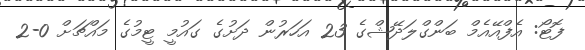
ފޮޓޯ: އެފްއޭއެމް ބަންގްލަދޭޝްގެ 23 އަހަރުން ދަށުގެ ގައުމީ ޓީމުގެ މައްޗަށް 0-2